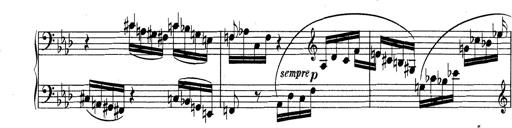
Title: Variationen Ã¼ber das Motiv von Bach
Composer: Franz Liszt